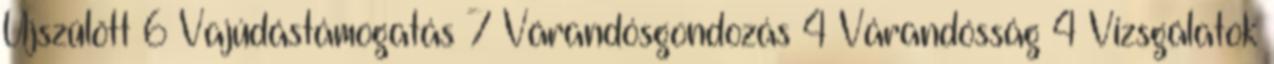
Újszülött 6 Vajúdástámogatás 7 Várandósgondozás 4 Várandósság 4 Vizsgálatok